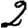
Digit: 2